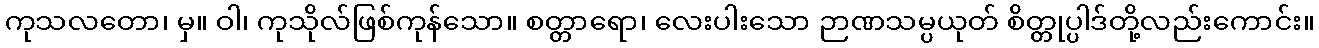
ကုသလတော၊ မှ။ ဝါ၊ ကုသိုလ်ဖြစ်ကုန်သော။ စတ္တာရော၊ လေးပါးသော ဉာဏသမ္ပယုတ် စိတ္တုပ္ပါဒ်တို့လည်းကောင်း။